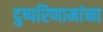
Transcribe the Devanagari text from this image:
दुष्परिणामांना